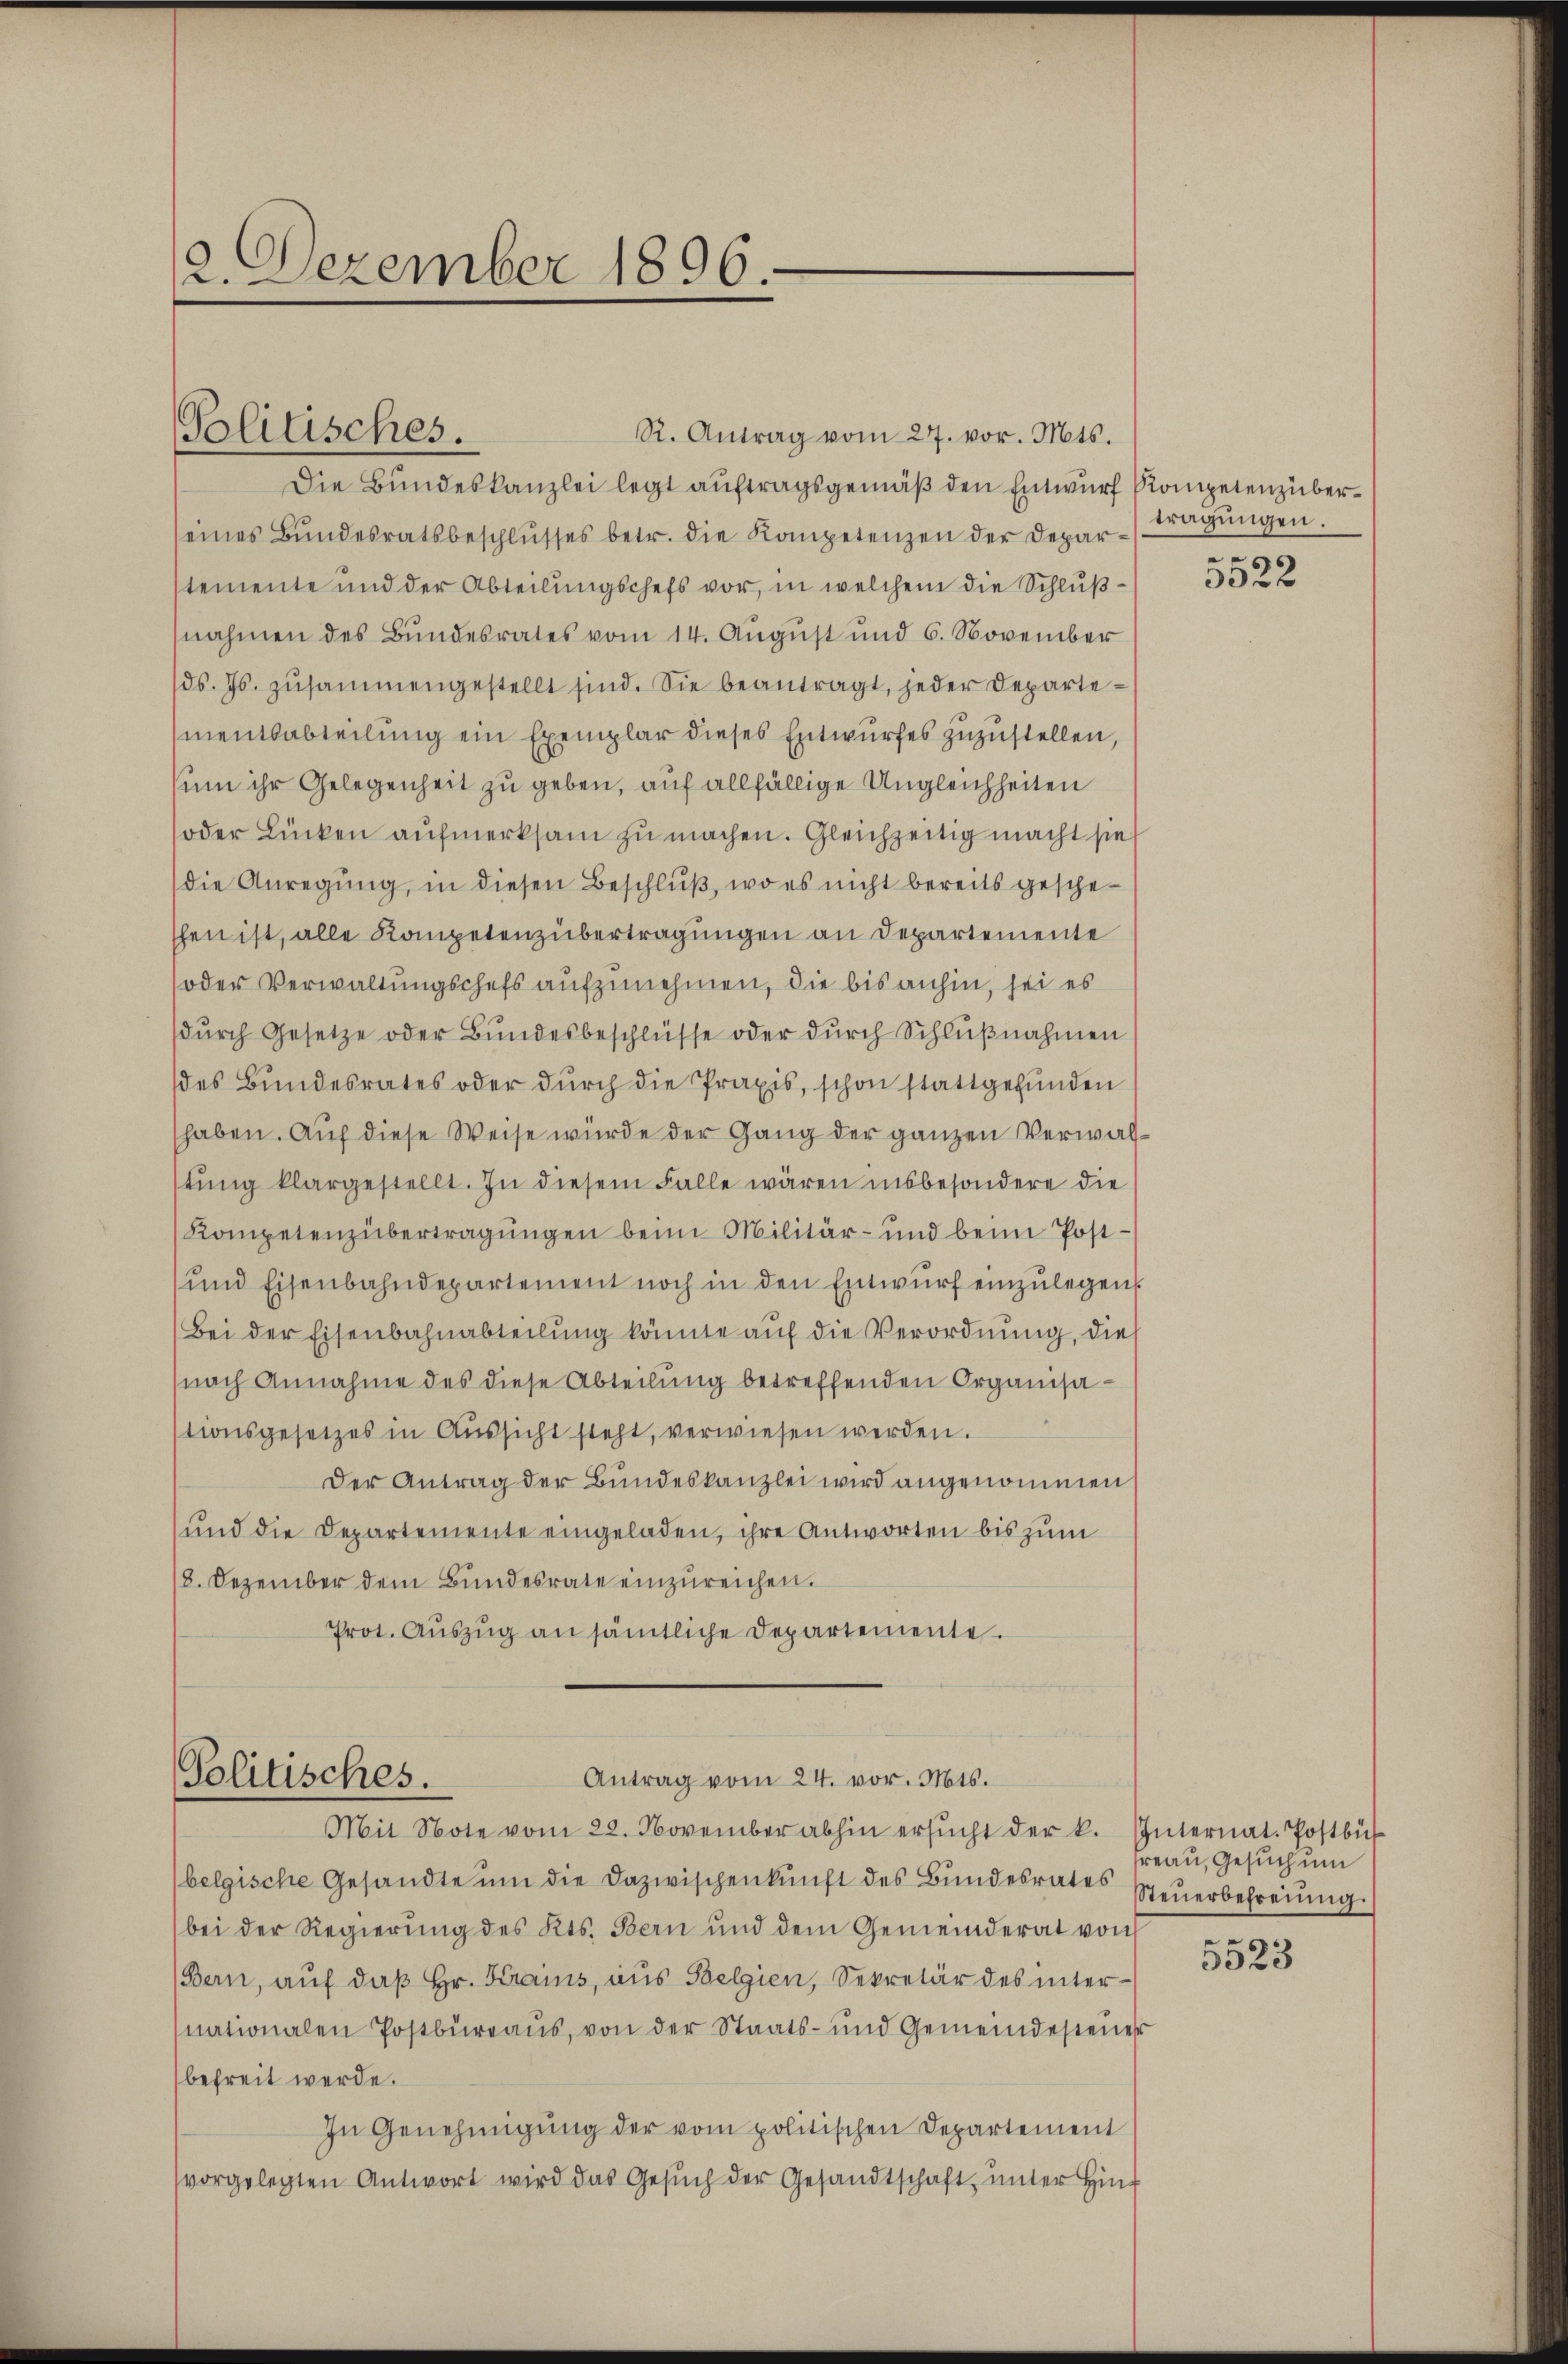
2. Dezember 1896.

Politisches.

Die Bundeskanzlei legt auftragsgemäß den Entwurf Kompetenz überseines Bundesratsbeschlŭsses betr. die Kompetenzen der Deparstemente und der Abteilungschefs vor, in welchem die Schlußnahmen des Bundesrates vom 14. August und 6. November
ds. Js. zŭsammengestellt sind. Sie beantragt, jeder Departementsabteilung ein Exemplar dieses Entwurfes zuzustellen,
sum ihr Gelegenheit zu geben, auf allfällige Ungleichheiten
oder Lücken aufmerksam zu machen. Gleichzeitig macht sie
die Anregung, in diesen Beschluß, wo es nicht bereits gescheshen ist, alle Kompetenzübertragungen an Departemente
oder Verwaltungschefs aufzunehmen, die bis anhin, sei es
dŭrch Gesetze oder Bŭndesbeschlüsse oder dŭrch Schlŭβnahmen
des Bundesrates oder durch die Praxis, schon stattgefunden
haben. Auf diese Weise wurde der Gang der ganzen Verwalstŭng klargestellt. In diesem Falle wären insbesondere die
Kompetenzübertragungen beim Militär- und beim Post¬
und Eisenbahndepartement noch in den Entwurf einzulegen.
Bei der Eisenbahnabteilŭng könnte aŭf die Verordnŭng, die
nach Annahme des diese Abteilŭng betreffenden Organisastionsgesetzes in Aŭssicht steht, verwiesen werden.
Der Antrag der Bundeskanzlei wird angenommen
und die Departemente eingeladen, ihre Antworten bis zum
8. Dezember dem Bŭndesrate einzŭreichen.
Prot. Aŭszŭg an sämtliche Departemente.

R. Antrag vom 27. vor. Mts.

Antrag vom 24. vor. Mts.
Politisches.
Mit Note vom 22. November abhin ersŭcht der k. Internat. Postbür

belgische Gesandte ŭm die Dazwischenkunft des Bundesrates Steuerbefreiung.
bei der Regierŭng des Kts. Bern und dem Gemeinderat von
(Bern, auf daß Hr. Krains, aus Belgien, Sekretär des internationalen Postbüreaŭs, von der Staats- und Gemeindesteŭer
befreit werde.
In Genehmigŭng der vom politischen Departement
vorgelegten Antwort wird das Gesŭch der Gesandtschaft ŭnter Hin-

tragungen.
e

3322

Freau, Gesuch um

5523